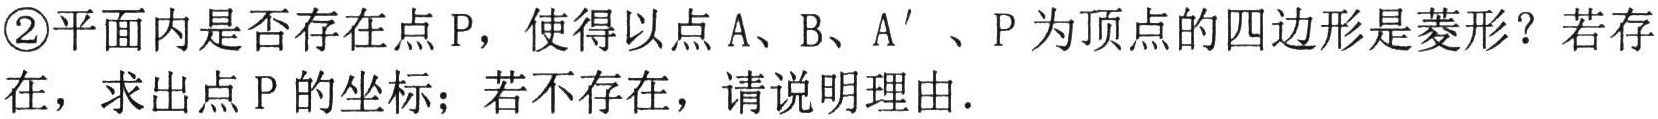
\textcircled{2}平面内是否存在点 P，使得以点 A、B、A' 、P 为顶点的四边形是菱形？若存在，求出点 P 的坐标；若不存在，请说明理由．